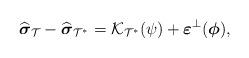
LaTeX: \begin{align*}\widehat{\boldsymbol{\sigma}}_{\mathcal{T}}-\widehat{\boldsymbol{\sigma}}_{\mathcal{T}^{\ast}}=\mathcal{K}_{\mathcal{T}^{\ast}}(\psi)+\boldsymbol{\varepsilon}^{\perp}(\boldsymbol{\phi}),\end{align*}